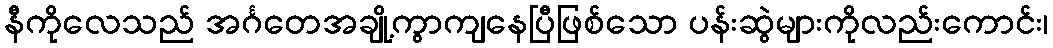
နီကိုလေသည် အင်္ဂတေအချို့ကွာကျနေပြီဖြစ်သော ပန်းဆွဲများကိုလည်းကောင်း၊